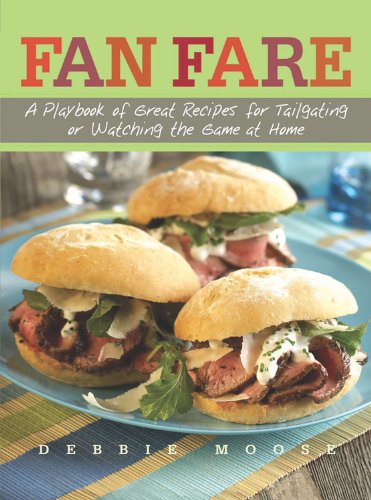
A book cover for Fan Fare: A Playbook of Great Recipes for Tailgating or Watching the Game at Home; Debbie Moose; Cookbooks, Food & Wine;